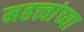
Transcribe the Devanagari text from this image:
महत्त्वांच्या